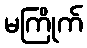
မကြိုက်